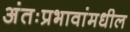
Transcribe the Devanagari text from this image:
अंतःप्रभावांमधील